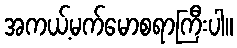
အကယ့်မက်မောစရာကြီးပါ။